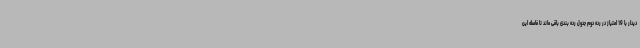
دیدار با 19 امتیاز در رده دوم جدول رده بندی باقی ماند تا فاصله این